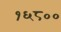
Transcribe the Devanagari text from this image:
१६८००